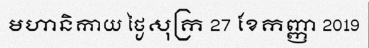
មហានិកាយ ថ្ងៃសុក្រ 27 ខែកញ្ញា 2019